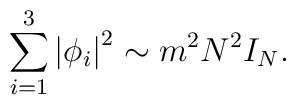
\sum_{i=1}^3 \left| \phi_i \right|^2 \sim m^2 N^2 I_{N}.